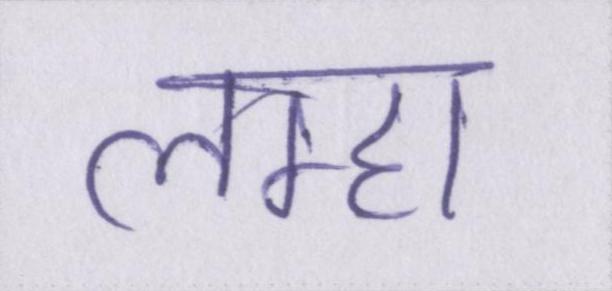
लम्हा